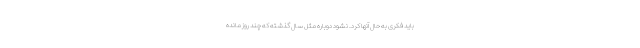
باید فکری به حال آنها کرد. نشود دوباره مثل سال گذشته که چند روز مانده